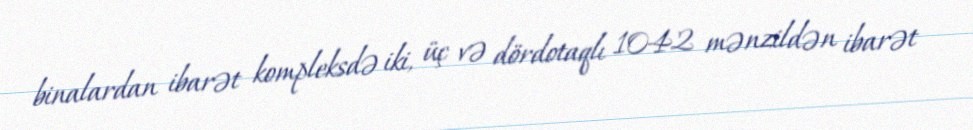
binalardan ibarət kompleksdə iki, üç və dördotaqlı 1042 mənzildən ibarət